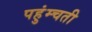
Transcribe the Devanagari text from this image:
पहुंम्चती